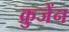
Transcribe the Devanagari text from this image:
क्रुजेंन